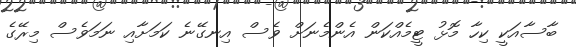
ބާސާއަކީ ކިހާ މޮޅު ޓީމެއްކަން އެންމެނަށް ވެސް އިނގޭނެ ކަމަށާއި ނަމަވެސް މިރޭގެ